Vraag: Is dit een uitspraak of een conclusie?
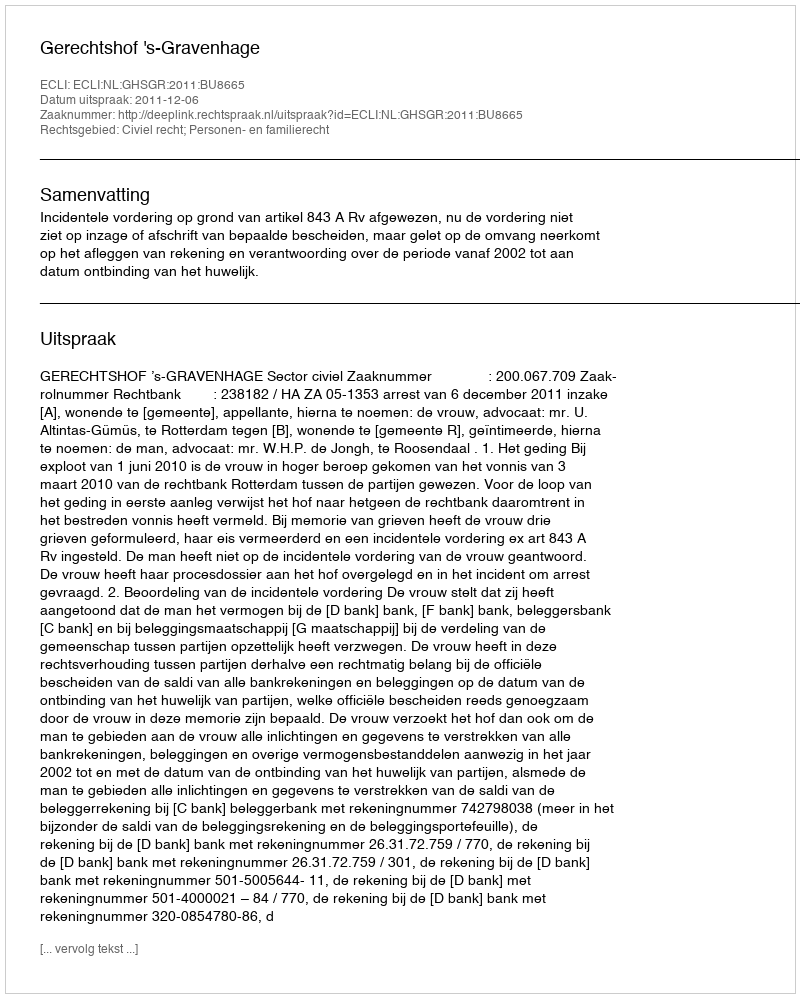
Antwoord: Uitspraak